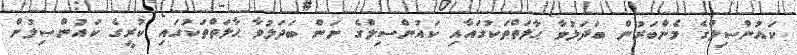
ކައުންސިލްގެ މެންބަރުން ބަދަލުވާ ޙާލަތްތަކުގައާއި ކައުންސިލްގެ ނަން ބަދަލުވާ ޙާލަތްތަކުގައި ކުރީގެ ކައުންސިލުން